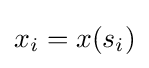
x_{i}=x(s_{i})